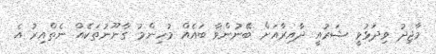
މާޖިދު ވިދަޅުވީ ޝަރުއީ ދާއިރާއަށް ބޭނުންވާ ބައެއް މުހިންމު ގާނޫނުތަކެއް ނެތްއިރު އެ